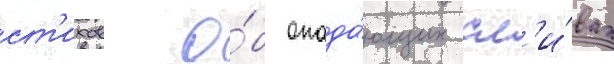
ст'ихов о́б опада́ющих сл'и́вах